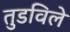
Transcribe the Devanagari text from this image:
तुडविले